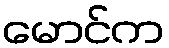
မောင်က